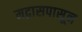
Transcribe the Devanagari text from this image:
मद्रासपासून